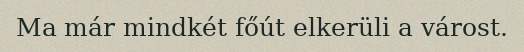
Ma már mindkét főút elkerüli a várost.